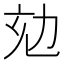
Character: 𠡌